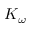
K _ { \omega }